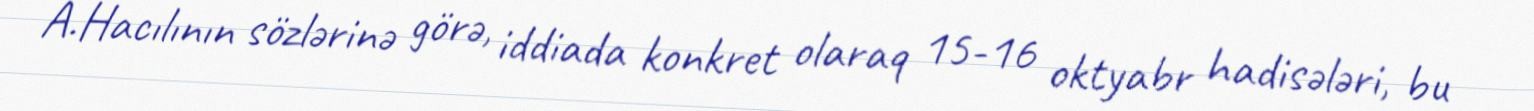
A.Hacılının sözlərinə görə, iddiada konkret olaraq 15-16 oktyabr hadisələri, bu